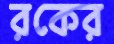
রকের